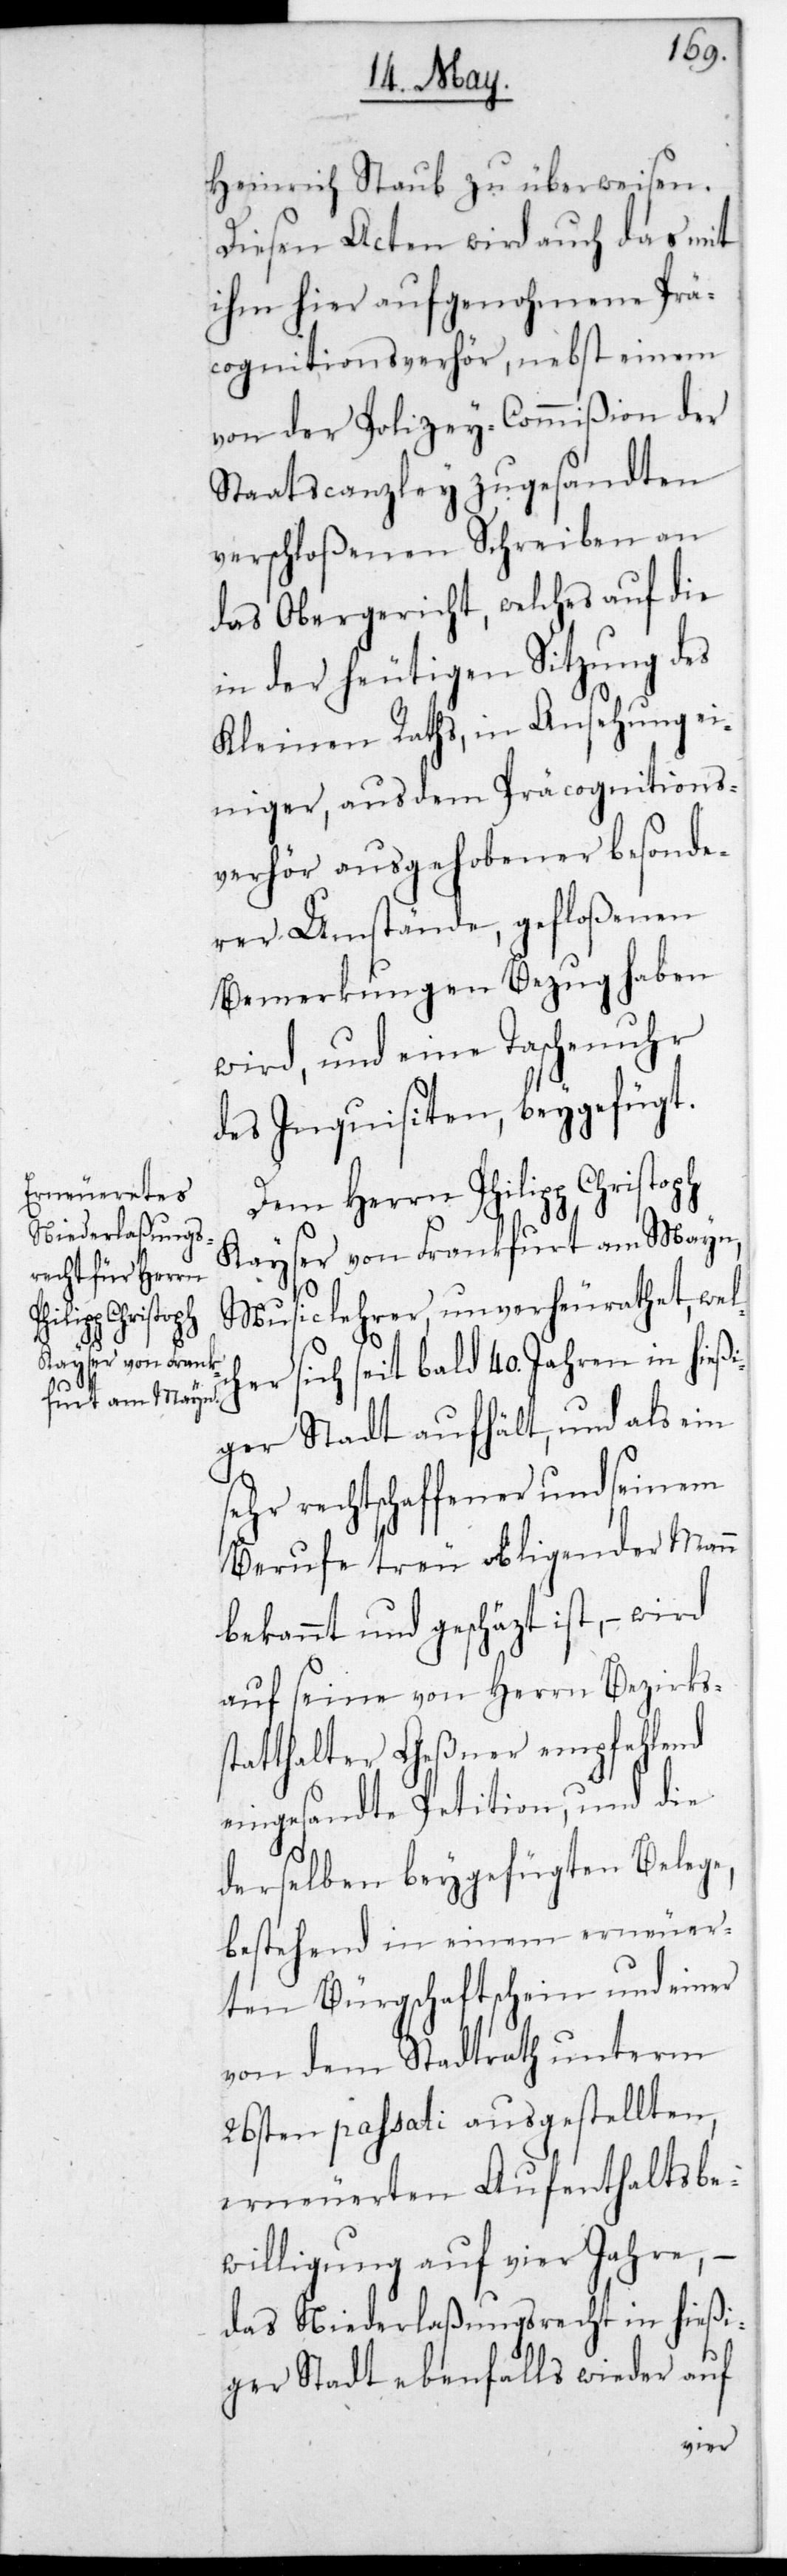
che¬

Heinrich Staub zu überweisen.
Diesen Acten wird auch das mit
ihm hier aufgenohmene Prä¬
cognitionsverhör, nebst einem
von der Polizey-Commißion der
Staatscanzley zugesandten
verschloßenen Schreiben an
das Obergericht, welches auf die
in der heutigen Sitzung des
Kleinen Raths, in Ansehung ei¬
niger, aus dem Präcognitions¬
verhör ausgehobener besonde¬
rer Umstände, gefloßenen
Bemerkungen Bezug haben
wird, und eine Taschenuhr
des Inquisiten beygefügt.
Dem Herrn Philipp Christoph
Kayser von Frankfurt am Mayn,
Musiclehrer, unverheurathet, wel¬
r sich seit bald 40. Jahren in hießi¬
ger Stadt aufhält, und als ein
sehr rechtschaffener und seinem
Berufe treu obligender Mann
bekannt und geschätzt ist, – wird
auf seine von Herrn Bezirks¬
statthalter Geßner empfehlend
eingesandte Petition, und die
derselben beygefügten Belege,
bestehend in einem erneuer¬
eten Bürgschaftßchein und einer
von dem Stadtrath unterm
26sten passati ausgestellten,
erneuereten Aufenthaltsbe¬
willigung auf vier Jahre, –
das Niederlaßungsrecht in hießi¬
ger Stadt ebenfalls wieder auf